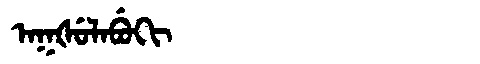
Manchu: ᠠᡴᡧᡠᠯᠠᠪᡠᡴᡳ
Romanization: AKŠULABUKI